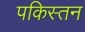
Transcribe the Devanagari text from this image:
पकिस्तन